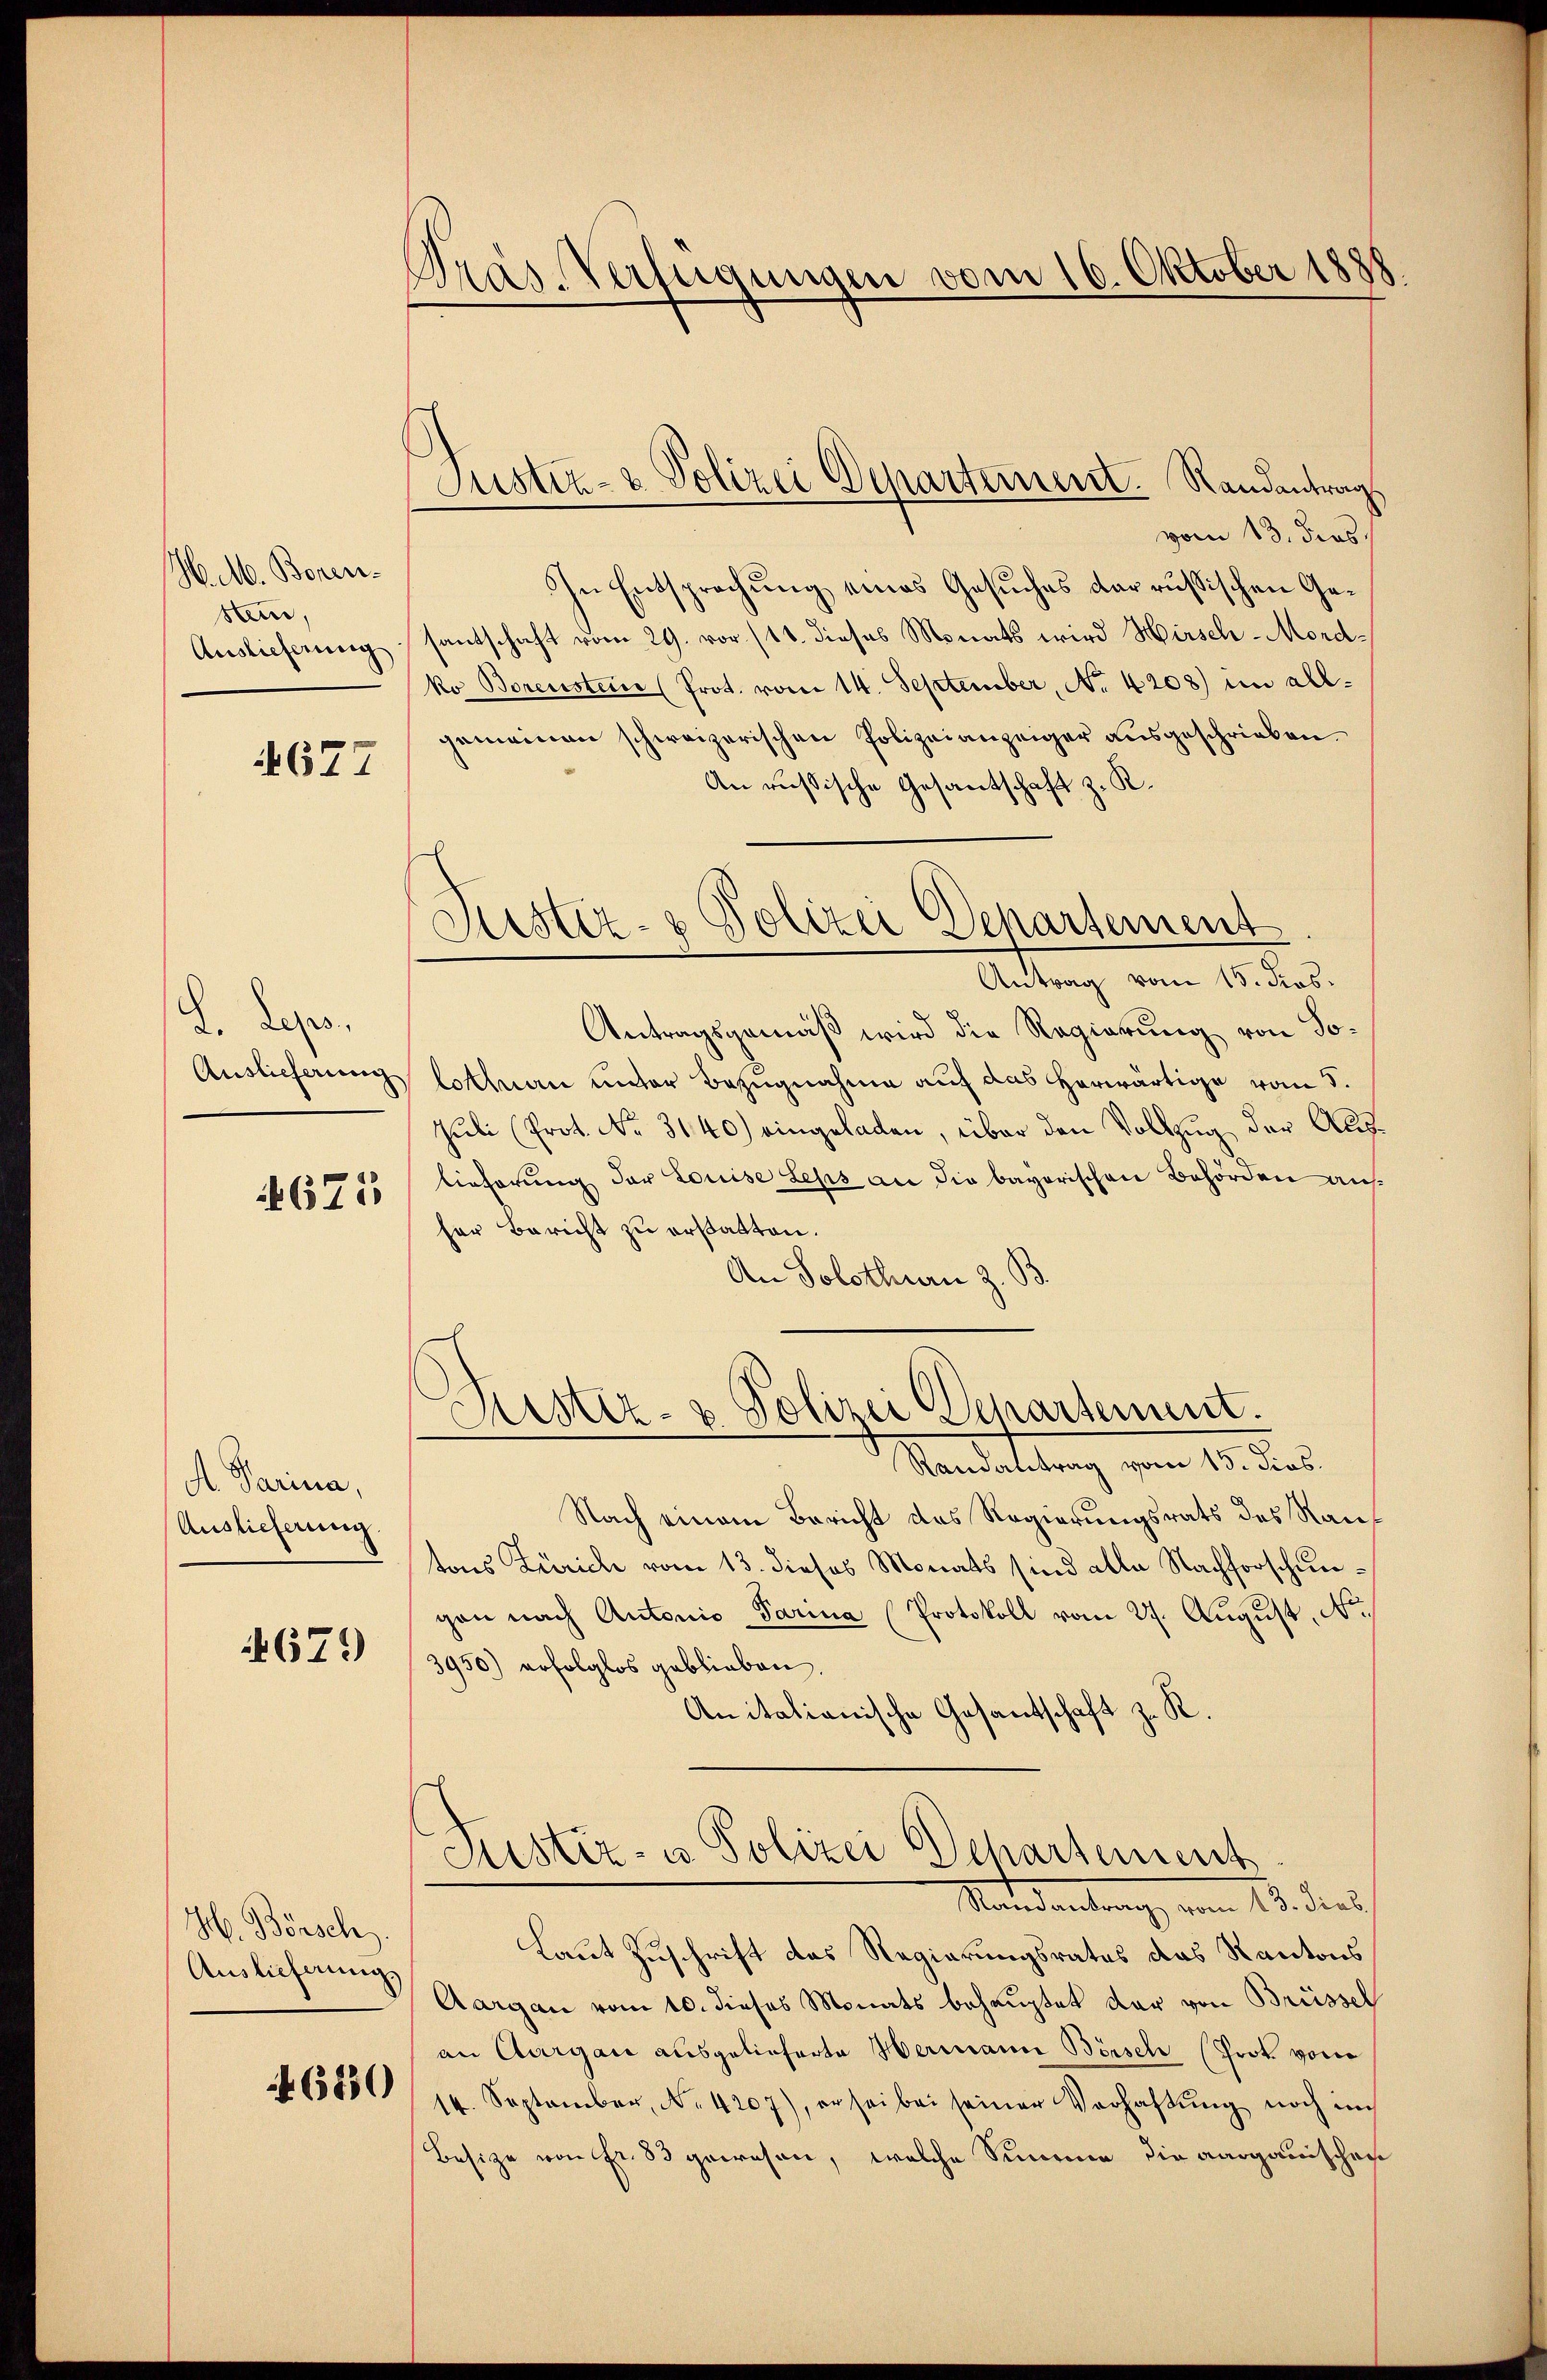
H. M. Borenstein,
Auslieferung

4677

d. Leps.
Auslieferung

671

A. Parina,
Auslieferung.

671)

H. Börsch
Auslieferung.

46830

Pras-Verfügungen vom 16. Oktober 1888.

Justiz- & Polizei Departement. Randantrag.

Sistiz- & Polizei Departement
Antrag vom 15. dios.

vom 13. ders.
In Entsprechung eines Gesuches dar russischen Gesantschaft vom 29. vor (11. dieses Monats wird Hirsch-Mordko Borenstein (Prot. vom 14. September, No 4208) im allgemeinen schweizerischen Polizeianzeiger ausgeschrieben.
An russische Gesantschaft z. R.
Antragsgemäß wird die Regierung von Solothurn unter Bezugnahme auf das herwärtige vom 5.
Juli (Prot. No. 3140) eingeladen, über den Vollzug der Auslieferung der Louise Leps an die bayorischen Behörden aufher Bericht zu erstatten.
An Solothurn z. B
Liester- & Polizei Departement.
Mandattung vom 18. des
Nach einem Bericht des Regierungsrats des Rautons Zürich vom 13. dieses Monats sind alle Nachforschungen nach Antonio Parina (Protokoll vom 27. August, No.
3950) erfolglos geblieben.
Anitationische Gesantschaft z. R.
Justiz- u Polizei Departement
Mandantrag vom 18. dies
Laut Zuschrift das Regierungsrates das Kantons
Aargau vom 10. dieses Monats behauptet dar von Brüssel
an Aargau ausgelieferte Hermann Börsch (Prot. von
14. September, No. 4207), er sei bei seiner Verhaltŭng noch mich
Besize von fr. 83 gewesen, welche Summe die aargauischen